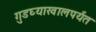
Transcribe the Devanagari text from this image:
गुडघ्याखालपर्यंत